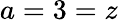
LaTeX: a=3=z